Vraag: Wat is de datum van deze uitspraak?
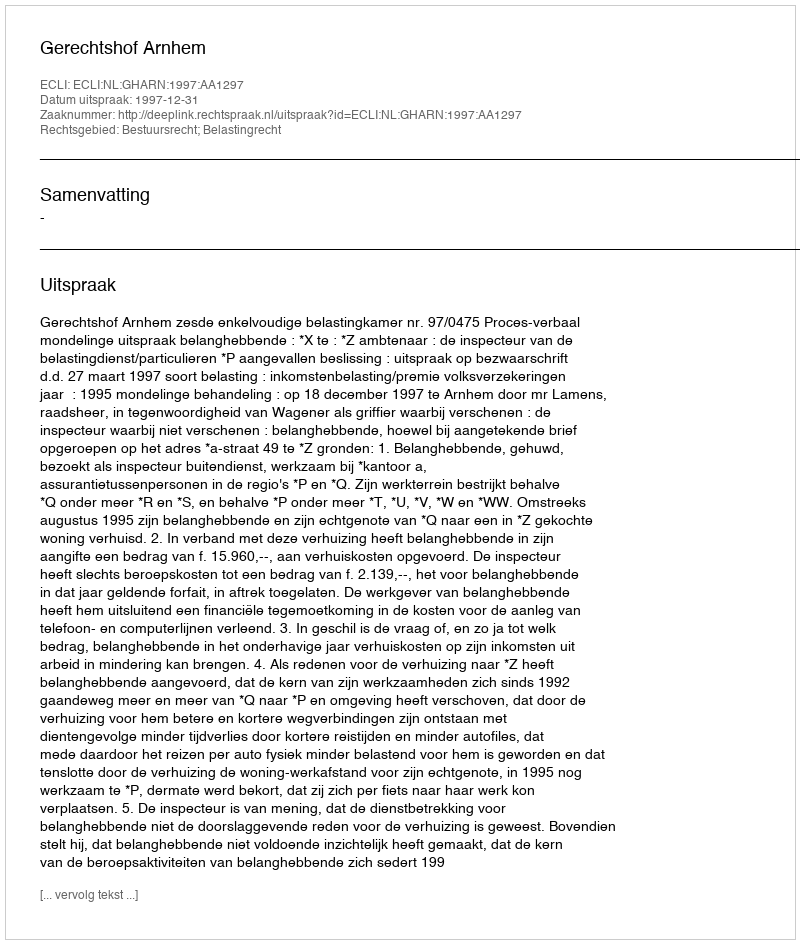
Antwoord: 1997-12-31